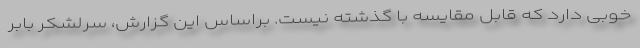
خوبی دارد که قابل مقایسه با گذشته نیست. براساس این گزارش، سرلشکر بابر